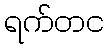
ရက်တင